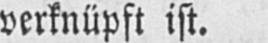
verknüpft ist.